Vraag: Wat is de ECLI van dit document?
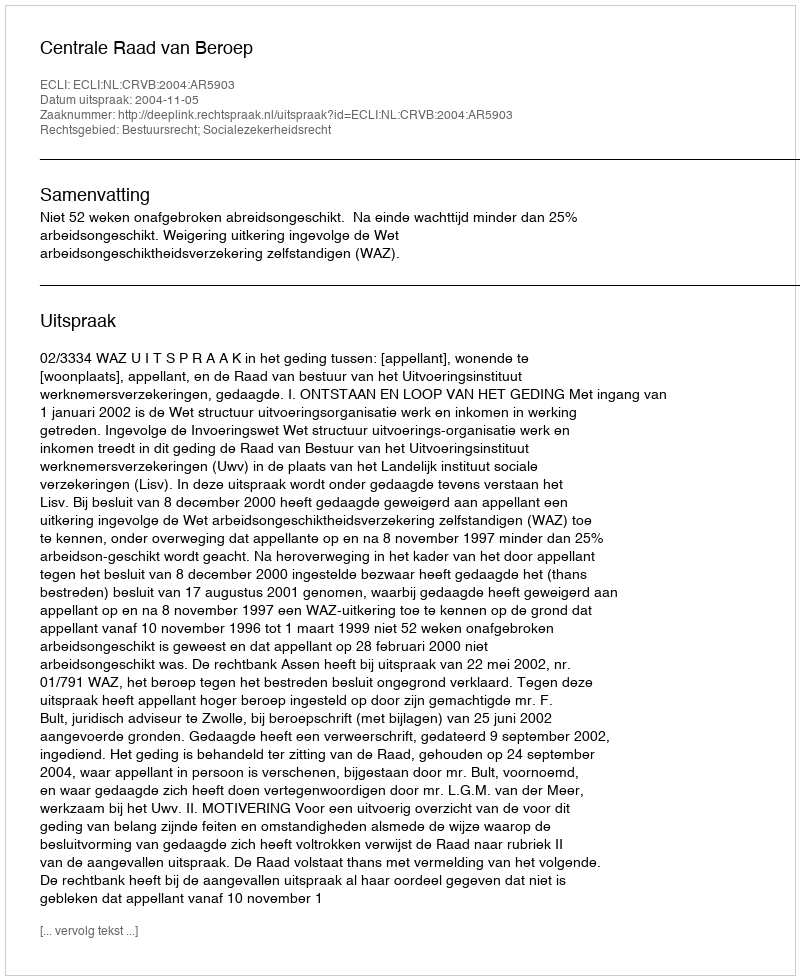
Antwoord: ECLI:NL:CRVB:2004:AR5903